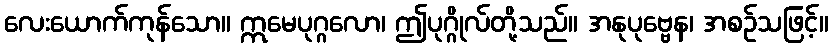
လေးယောက်ကုန်သော။ ဣမေပုဂ္ဂလော၊ ဤပုဂ္ဂိုလ်တို့သည်။ အနုပုဗ္ဗေန၊ အစဉ်သဖြင့်။